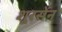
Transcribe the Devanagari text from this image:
शूरसेंन